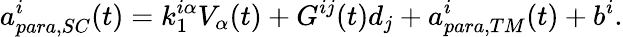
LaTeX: a_{para,SC}^{i}(t)=k_{1}^{i\alpha}V_{\alpha}(t)+G^{ij}(t)d_{j}+a_{para,TM}^{i}(t)+b^{i}.